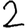
Digit: 2